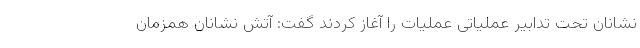
نشانان تحت تدابیر عملیاتی عملیات را آغاز کردند گفت: آتش نشانان همزمان